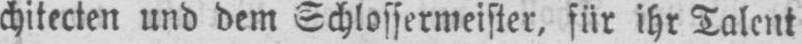
chitecten und dem Schlossermeister, für ihr Talent